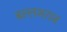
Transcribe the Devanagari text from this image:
बल्लभराज